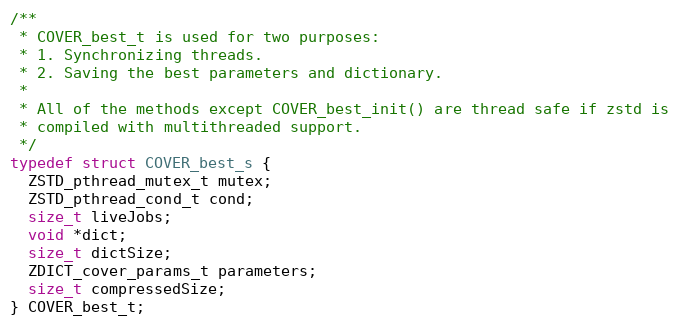
Language: C
/**
 * COVER_best_t is used for two purposes:
 * 1. Synchronizing threads.
 * 2. Saving the best parameters and dictionary.
 *
 * All of the methods except COVER_best_init() are thread safe if zstd is
 * compiled with multithreaded support.
 */
typedef struct COVER_best_s {
  ZSTD_pthread_mutex_t mutex;
  ZSTD_pthread_cond_t cond;
  size_t liveJobs;
  void *dict;
  size_t dictSize;
  ZDICT_cover_params_t parameters;
  size_t compressedSize;
} COVER_best_t;